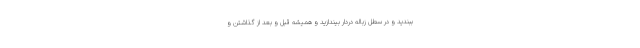
ببندید و در سطل زباله دردار بیندازید و همیشه قبل و بعد از گذاشتن و